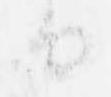
由